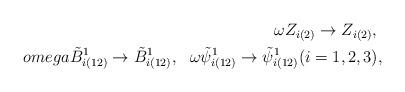
LaTeX: \begin{align*}\omega Z_{i(2)} \rightarrow Z_{i(2)}, \ \\omega \tilde{B}_{i(12)}^{1} \rightarrow \tilde{B}_{i(12)}^{1}, \ \ \omega \tilde{\psi}_{i(12)}^1 \rightarrow \tilde{\psi}_{i(12)}^1(i=1,2,3),\end{align*}